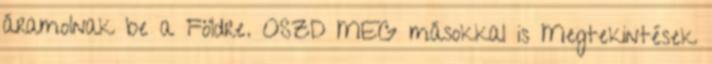
áramolnak be a Földre. OSZD MEG másokkal is Megtekintések